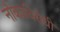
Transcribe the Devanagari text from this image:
नौकाविरोधी